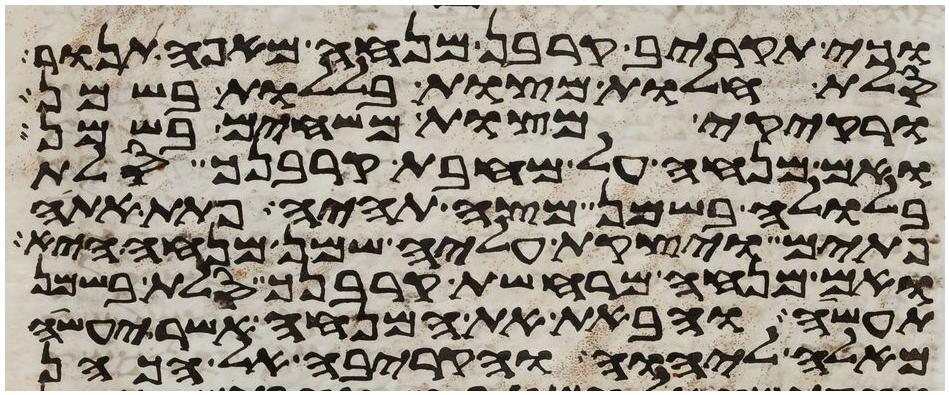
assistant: וכי תקריב קרבן מנחה מאפה תנור
סלת חלות מצות בללות בשמן
ורקיקי מצות משחים בשמן
ואם מנחה על מחבת קרבנך סלת
בלולה בשמן מצה תהיה פתת אתה
פתים ויצקת עליה שמן מנחה היא
ואם מנחה מרחשת קרבנך סלת בשמן
תעשה והבאת את המנחה אשר יעשה
מאלה ליהוה והקריבה אל הכהן